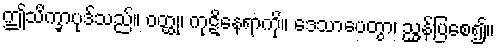
ဤသိက္ခာပုဒ်သည်။ ဝတ္ထု၊ ကုဋိနေရာကို။ ဒေသာပေတွာ၊ ညွှန်ပြစေ၍။